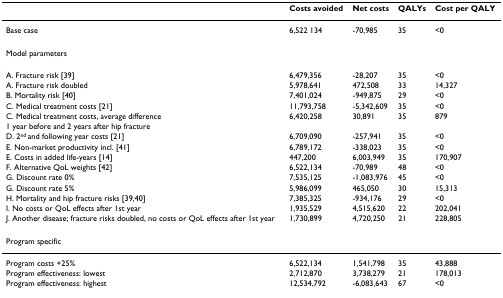
<table><thead><tr><td></td><td><b>Costs avoided</b></td><td><b>Net costs</b></td><td><b>QALYs</b></td><td><b>Cost per QALY</b></td></tr></thead><tbody><tr><td>Base case</td><td>6,522 134</td><td>-70,985</td><td>35</td><td>&lt;0</td></tr><tr><td>Model parameters</td><td></td><td></td><td></td><td></td></tr><tr><td>A. Fracture risk [39]</td><td>6,479,356</td><td>-28,207</td><td>35</td><td>&lt;0</td></tr><tr><td>A. Fracture risk doubled</td><td>5,978,641</td><td>472,508</td><td>33</td><td>14,327</td></tr><tr><td>B. Mortality risk [40]</td><td>7,401,024</td><td>-949,875</td><td>29</td><td>&lt;0</td></tr><tr><td>C. Medical treatment costs [21]</td><td>11,793,758</td><td>-5,342,609</td><td>35</td><td>&lt;0</td></tr><tr><td>C. Medical treatment costs, average difference</td><td>6,420,258</td><td>30,891</td><td>35</td><td>879</td></tr><tr><td>1 year before and 2 years after hip fracture</td><td></td><td></td><td></td><td></td></tr><tr><td>D. 2<sup>nd </sup>and following year costs [21]</td><td>6,709,090</td><td>-257,941</td><td>35</td><td>&lt;0</td></tr><tr><td>E. Non-market productivity incl. [41]</td><td>6,789,172</td><td>-338,023</td><td>35</td><td>&lt;0</td></tr><tr><td>E. Costs in added life-years [14]</td><td>447,200</td><td>6,003,949</td><td>35</td><td>170,907</td></tr><tr><td>F. Alternative QoL weights [42]</td><td>6,522,134</td><td>-70,989</td><td>48</td><td>&lt;0</td></tr><tr><td>G. Discount rate 0%</td><td>7,535,125</td><td>-1,083,976</td><td>45</td><td>&lt;0</td></tr><tr><td>G. Discount rate 5%</td><td>5,986,099</td><td>465,050</td><td>30</td><td>15,313</td></tr><tr><td>H. Mortality and hip fracture risks [39,40]</td><td>7,385,325</td><td>-934,176</td><td>29</td><td>&lt;0</td></tr><tr><td>I. No costs or QoL effects after 1st year</td><td>1,935,529</td><td>4,515,620</td><td>22</td><td>202,041</td></tr><tr><td>J. Another disease; fracture risks doubled, no costs or QoL effects after 1st year</td><td>1,730,899</td><td>4,720,250</td><td>21</td><td>228,805</td></tr><tr><td>Program specific</td><td></td><td></td><td></td><td></td></tr><tr><td>Program costs +25%</td><td>6,522,134</td><td>1,541,798</td><td>35</td><td>43,888</td></tr><tr><td>Program effectiveness: lowest</td><td>2,712,870</td><td>3,738,279</td><td>21</td><td>178,013</td></tr><tr><td>Program effectiveness: highest</td><td>12,534,792</td><td>-6,083,643</td><td>67</td><td>&lt;0</td></tr></tbody></table>